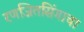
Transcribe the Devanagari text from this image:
रणजितसिंगाचा